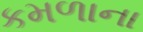
કમળાના